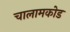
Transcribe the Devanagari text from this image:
चालामकोड